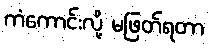
ကံကောင်းလို့ မဖြတ်ရတာ